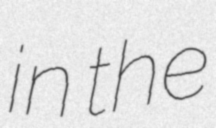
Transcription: in the